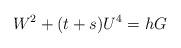
LaTeX: \begin{align*}W^2+(t+s)U^4=hG\end{align*}